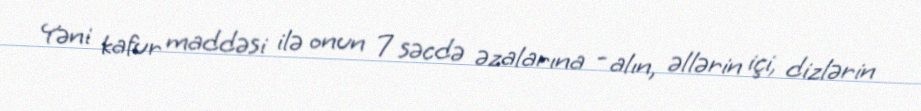
Yəni kafur maddəsi ilə onun 7 səcdə əzalarına - alın, əllərin içi, dizlərin